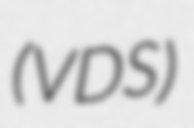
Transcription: (VDS)